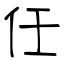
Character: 任